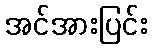
အင်အားပြင်း